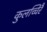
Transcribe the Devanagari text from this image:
कुलच्चिरै